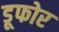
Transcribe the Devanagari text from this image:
डूफोर